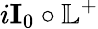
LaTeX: i\textbf{I}_{0}\circ\mathbb{L}^{+}